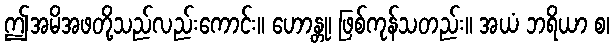
ဤအမိအဖတို့သည်လည်းကောင်း။ ဟောန္တု၊ ဖြစ်ကုန်သတည်း။ အယံ ဘရိယာ စ၊